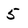
Character: 5